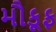
મૌકૂફ